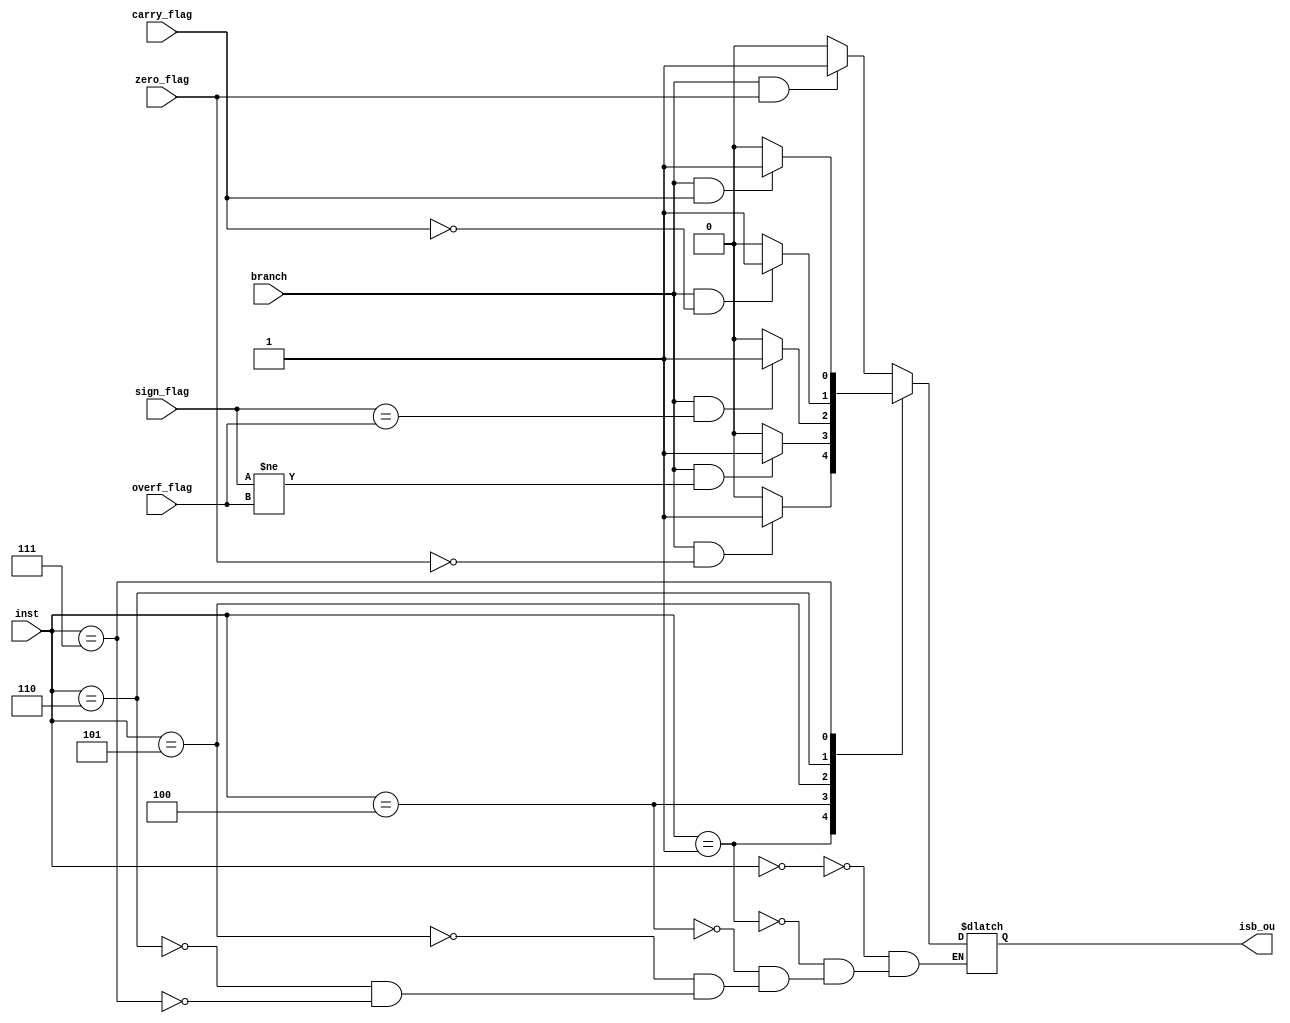
module isbranch(input branch, input zero_flag, input sign_flag, input carry_flag, input overf_flag, input [14:12]inst, output reg isb_ou);

always@(*) 
begin
    case(inst)
        3'b000:begin
        if (branch && zero_flag)
        isb_ou = 1'b1;
        else
        isb_ou = 1'b0;
        end
        3'b001:begin
        if (branch && !zero_flag)
        isb_ou = 1'b1;
        else
        isb_ou = 1'b0;
        end
        3'b100: begin
        if (branch && (sign_flag!=overf_flag))
        isb_ou = 1'b1;
        else
        isb_ou = 1'b0;
        end
        3'b101: begin
        if (branch && (sign_flag==overf_flag))
        isb_ou = 1'b1;
        else
        isb_ou = 1'b0;
        end
        3'b110: begin
        if (branch && !carry_flag)
        isb_ou = 1'b1;
        else
        isb_ou = 1'b0;
        end
        3'b111: begin
        if (branch && carry_flag)
        isb_ou = 1'b1;
        else
        isb_ou = 1'b0;
        end
    endcase
end

endmodule